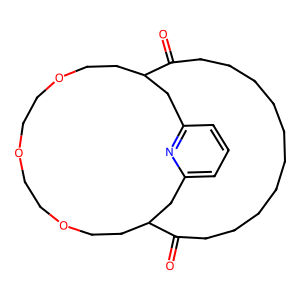
SMILES: O=C1CCCCCCCCCCC(=O)C2CCOCCOCCOCCC1Cc1cccc(n1)C2
Inhibits HIV replication: No